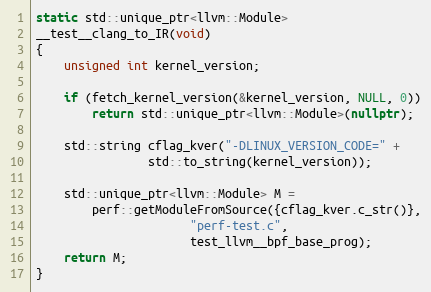
Language: C++
static std::unique_ptr<llvm::Module>
__test__clang_to_IR(void)
{
	unsigned int kernel_version;

	if (fetch_kernel_version(&kernel_version, NULL, 0))
		return std::unique_ptr<llvm::Module>(nullptr);

	std::string cflag_kver("-DLINUX_VERSION_CODE=" +
				std::to_string(kernel_version));

	std::unique_ptr<llvm::Module> M =
		perf::getModuleFromSource({cflag_kver.c_str()},
					  "perf-test.c",
					  test_llvm__bpf_base_prog);
	return M;
}